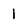
Character: 1